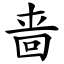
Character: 啬